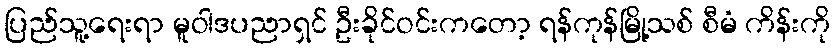
ပြည်သူ့ရေးရာ မူဝါဒပညာရှင် ဦးခိုင်ဝင်းကတော့ ရန်ကုန်မြို့သစ် စီမံ ကိန်းကို